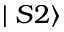
\mid S 2 \rangle